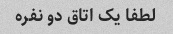
لطفا یک اتاق دو نفره